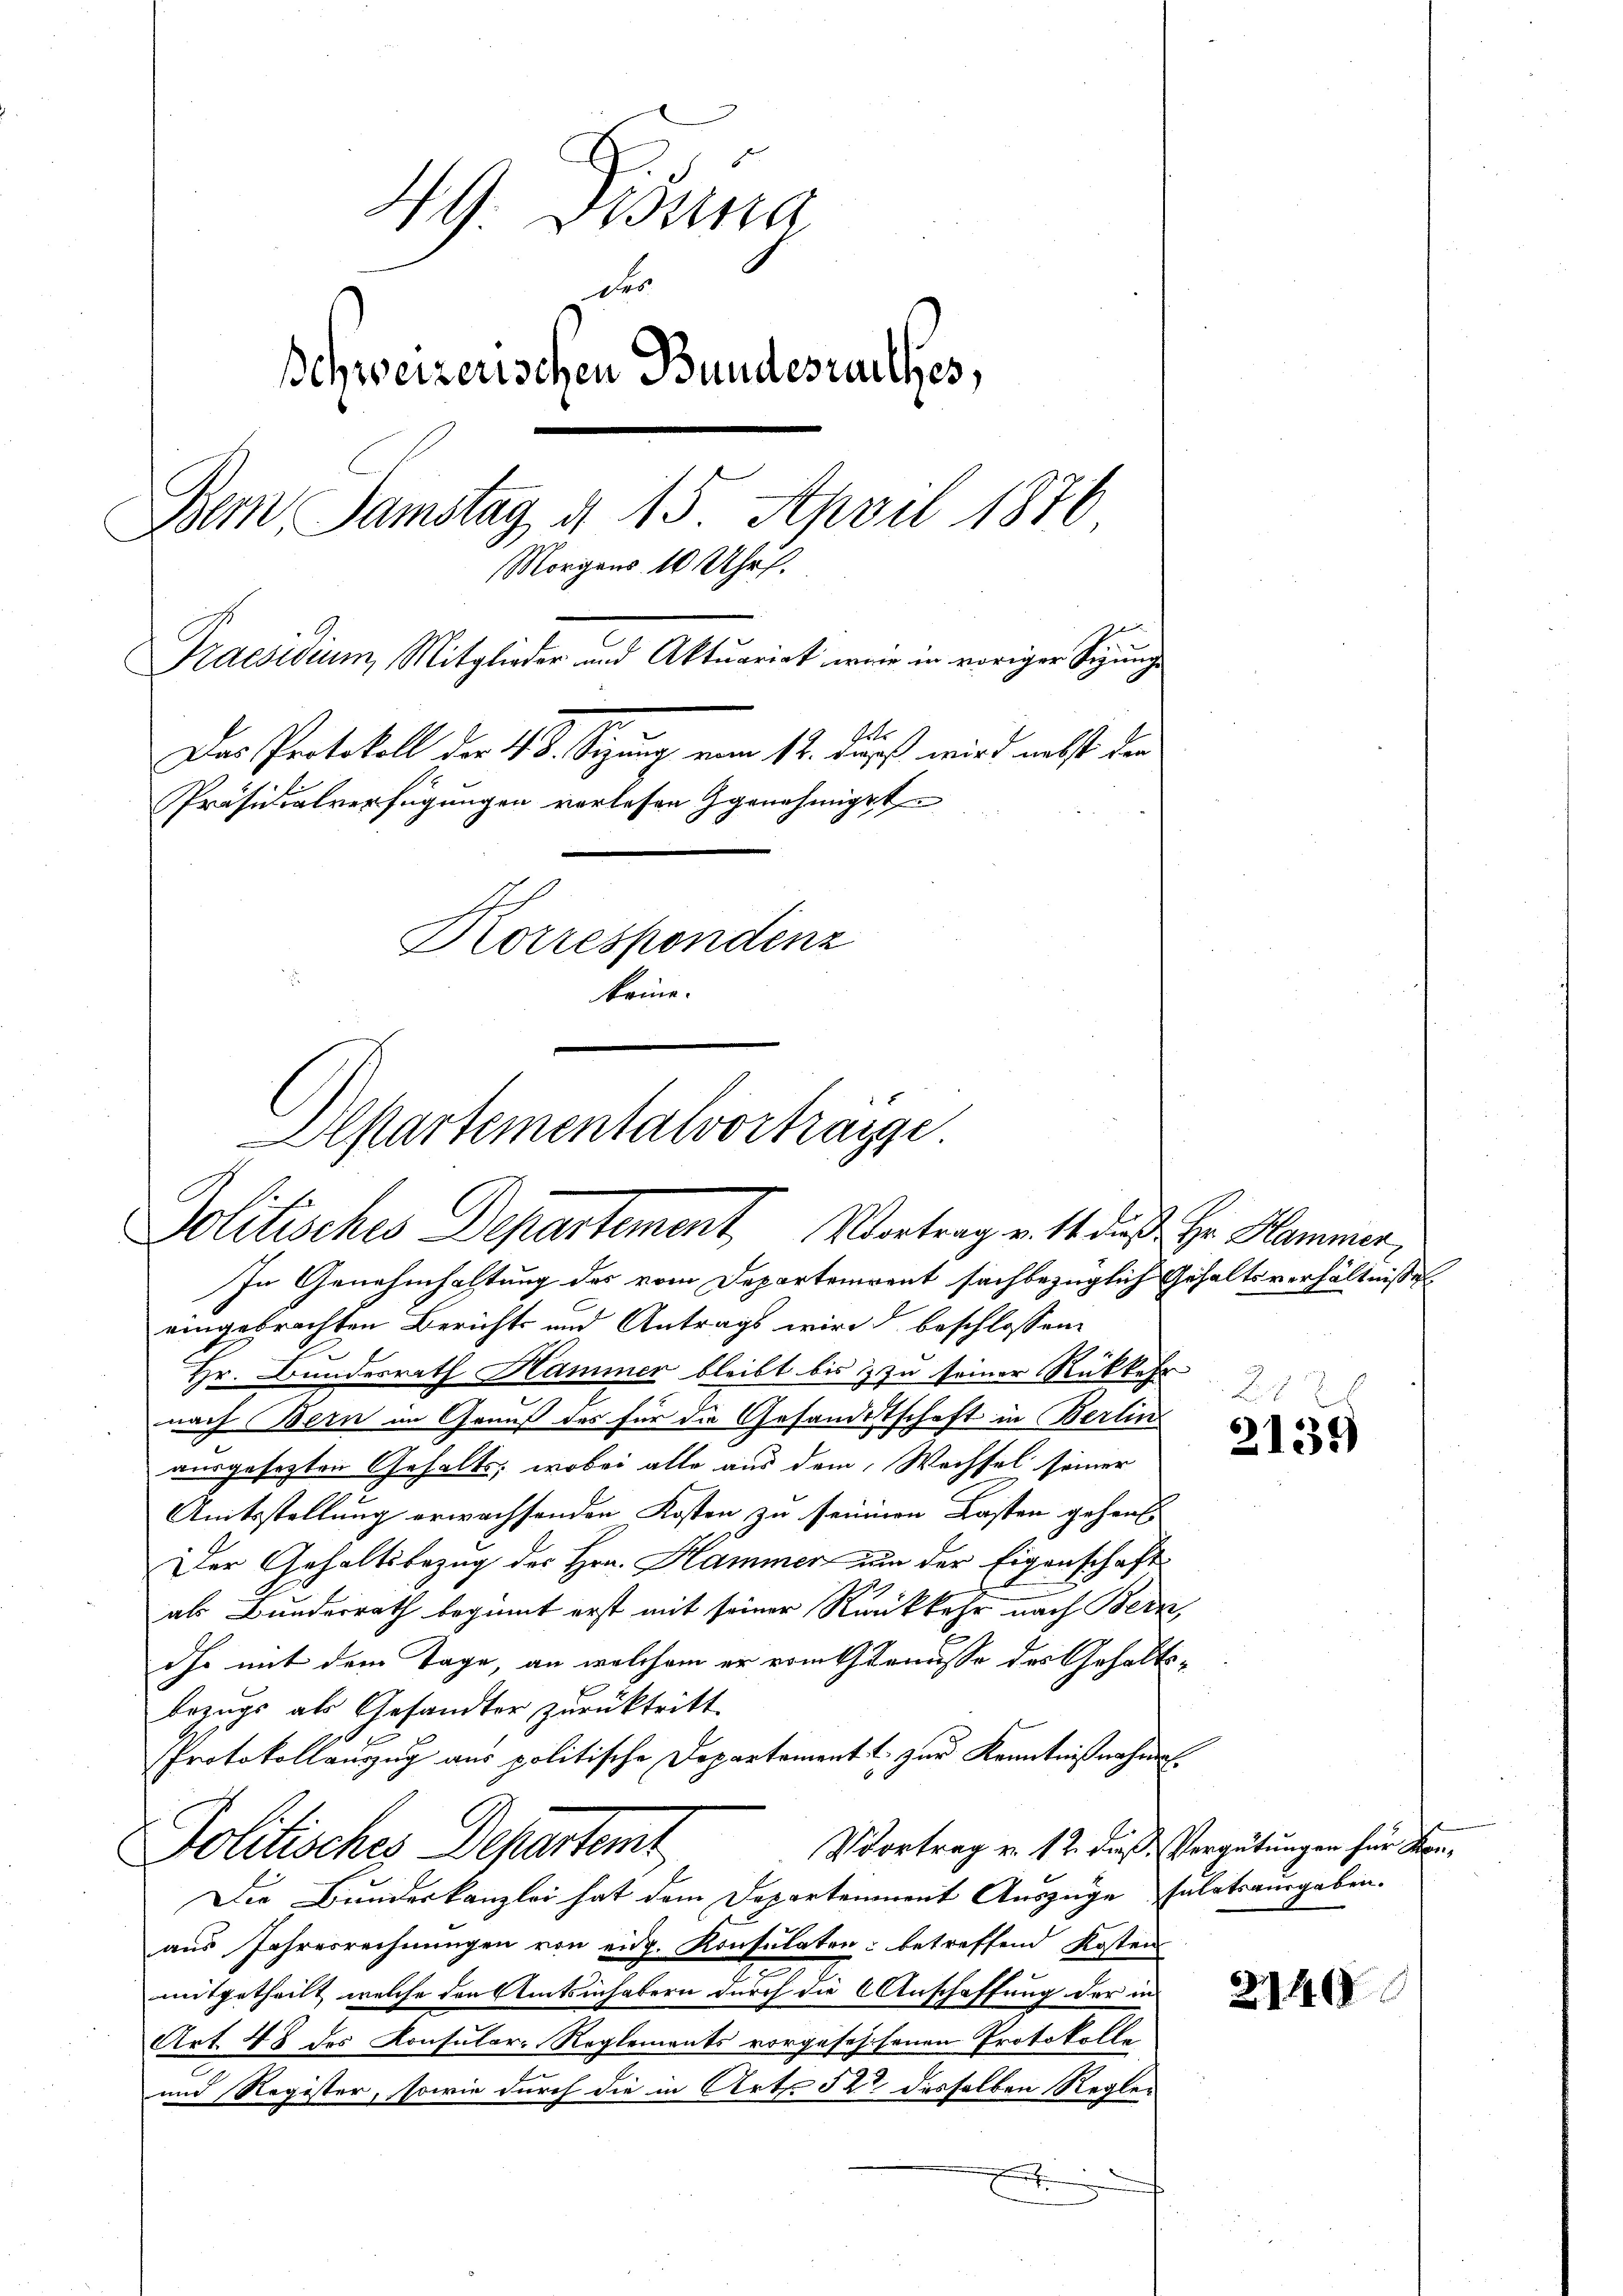
H.G. Bossa
des
Ichweizerischen Bundesrathes,
Bern, Samstag d. 15. April 1876.
Morgens 10 Uhr.
Praesidium, Mitglieder und Aktuariat wie in voriger Sigunge
Getr
Das Protokoll der 48. Sizung von 12. dass wird nebst der
Präsidialverfügungen verlesen genehmiget
Korrespondenz
keine.

Departementalvorträge
Politisches Departement. Vortrag v. 1. daß Hr. Hammen,

In Genehmhaltung des vom Departement sachbezüglich Gehaltsverhältnisse
eingebrachten Berichts und Antrags wird d beschlossen:
Hr. Bundesrath Hammer bleibt bis zu seiner Rückkehr
nach Bern im Genuß des für die Gesandtschaft in Berlin
ausgesezten Gehalts; wobei alle aus dem Wechsel seiner
Amtsstellung erwachsenden Kosten zu seinen Lasten gehen
Der Gehaltsbezug des Hrn. Hammer um der Eigenschaft
als Bunderrath beginnt erst mit seiner Rückkehr nach Bern,
Ihr mit dem Tage, an welchem er vom Genusse des Gehalts¬
Bezugs als Gesandter zurücktritt.
Protokollauszug aus politische Departement & zur Kenntnißnahmen.
Vvortrag v. 12. dieß Vergütungen für Kon¬
Politisches Departemt
Die Bundeskanzlei hat dem Departement Auszüge sulatsausgaben.
aus Jahresrechnungen von eidg. Konsulaten betreffend Kosten
mitgetheilt, welche den Amtsinhabern durch die Anschaffung der in
Art. 48 des Konsular-Reglements vorgesehenen Protokolle
und Register, sowie durch die in Art. 52 desselben Regle¬

2139

2140